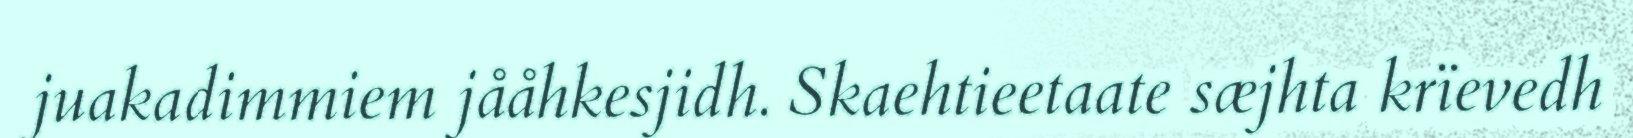
juakadimmiem jååhkesjidh. Skaehtieetaate sæjhta krïevedh